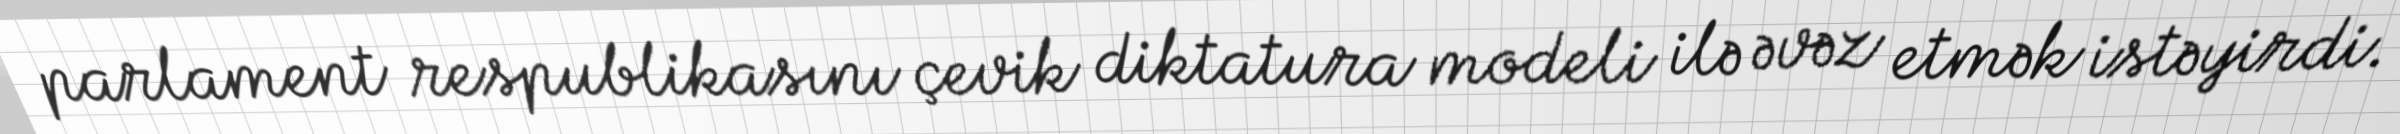
parlament respublikasını çevik diktatura modeli ilə əvəz etmək istəyirdi.